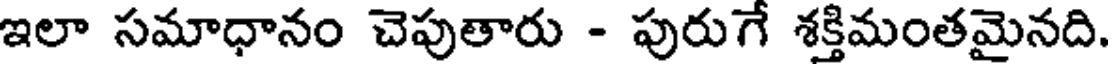
ఇలా సమాధానం చెపుతారు - పురుగే శక్తిమంతమైనది.